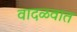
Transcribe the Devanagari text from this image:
वादळवात